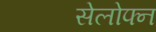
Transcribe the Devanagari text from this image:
सेलोफ्न